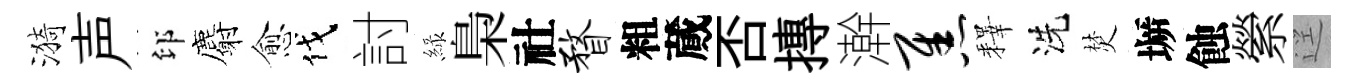
漪声印麝愈伐討緑梟社瞀粗蕆否摶澣焦釋洗焚󶱲蝕縈逕